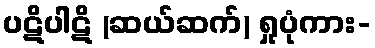
ပဋိပါဋိ (ဆယ်ဆက်) ရှုပုံကား-